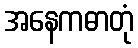
အနေကဓာတုံ